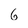
Character: 6